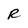
Character: R